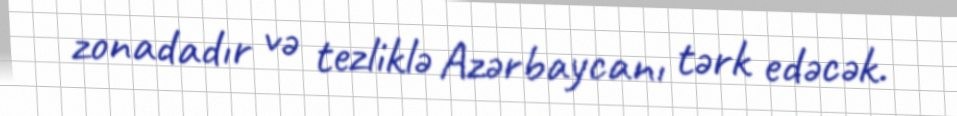
zonadadır və tezliklə Azərbaycanı tərk edəcək.